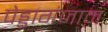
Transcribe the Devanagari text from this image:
पेड्डागंजाम